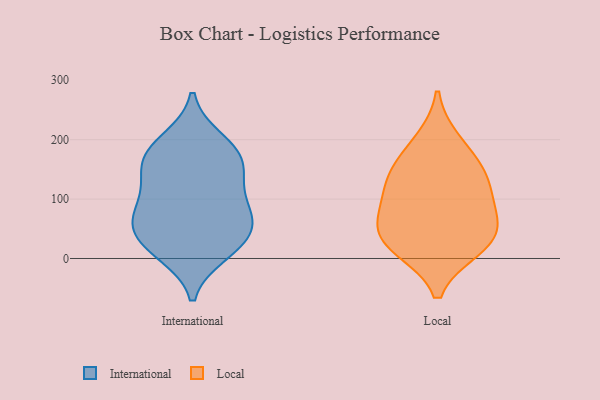
{"axis": {"x": "Humidity (%)", "y": "Value"}, "legend": ["International", "Local"], "data": [{"x": "", "y": 138, "type": "International"}, {"x": "", "y": 24, "type": "International"}, {"x": "", "y": 47, "type": "International"}, {"x": "", "y": 72, "type": "International"}, {"x": "", "y": 73, "type": "International"}, {"x": "", "y": 171, "type": "International"}, {"x": "", "y": 10, "type": "International"}, {"x": "", "y": 182, "type": "International"}, {"x": "", "y": 198, "type": "International"}, {"x": "", "y": 133, "type": "International"}, {"x": "", "y": 94, "type": "International"}, {"x": "", "y": 166, "type": "International"}, {"x": "", "y": 64, "type": "International"}, {"x": "", "y": 21, "type": "International"}, {"x": "", "y": 136, "type": "Local"}, {"x": "", "y": 93, "type": "Local"}, {"x": "", "y": 49, "type": "Local"}, {"x": "", "y": 198, "type": "Local"}, {"x": "", "y": 40, "type": "Local"}, {"x": "", "y": 158, "type": "Local"}, {"x": "", "y": 17, "type": "Local"}, {"x": "", "y": 19, "type": "Local"}, {"x": "", "y": 129, "type": "Local"}, {"x": "", "y": 76, "type": "Local"}]}